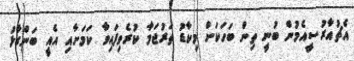
އެޗުއާރުސީއެމުން ބުނީ ތިން ބަހަކަށް މިކާޑު ތަރުޖަމާ ކުރެވިފައިވާ ކަމަށާއި އެއީ ބަންގާޅު